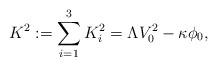
LaTeX: \begin{align*}K^2 := \sum_{i=1}^3 K_i^2 = \Lambda V_0^2 - \kappa \phi_0,\end{align*}